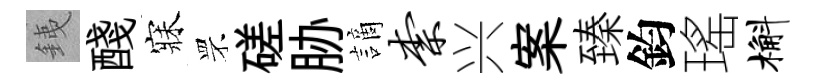
銕醆寐罘磋胁謫柰兴案臻鈞瑤槲